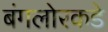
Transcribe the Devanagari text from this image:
बंगलोरकडे